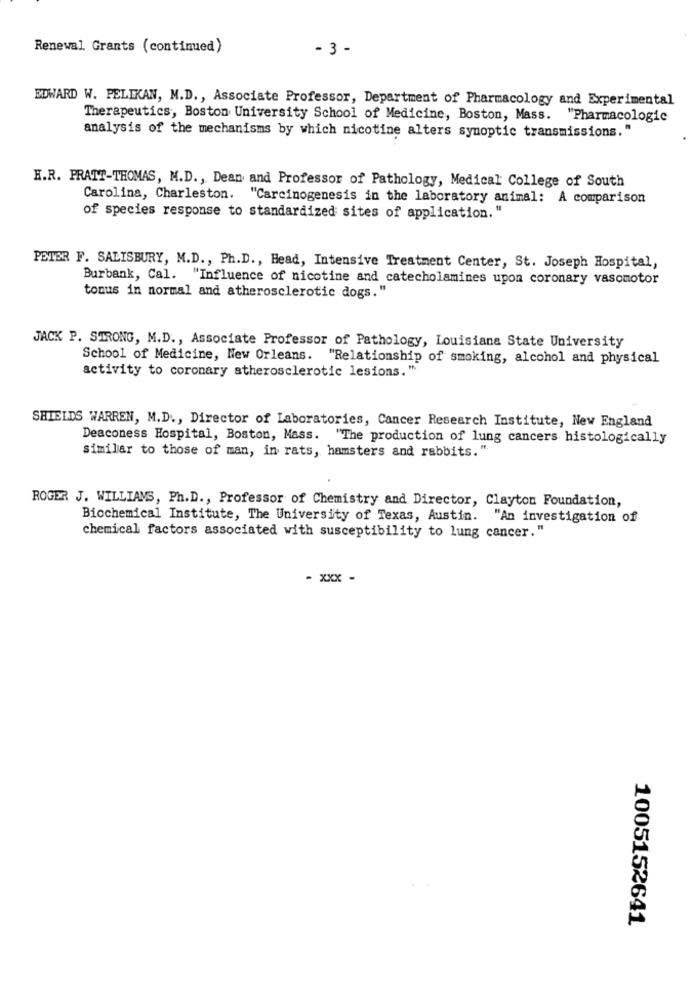
Renewal Grants (continued)
- 3 -
EDWARD W. PELIKAN, M.D ., Associate Professor, Department of Pharmacology and Experimental
Therapeutics, Boston University School of Medicine, Boston, Mass. "Pharmacologic
analysis of the mechanisms by which nicotine alters synoptic transmissions."
E.R. PRATT-THOMAS, M.D ., Dean and Professor of Pathology, Medical College of South
Carolina, Charleston. "Carcinogenesis in the laboratory animal: A comparison
of species response to standardized sites of application. "
PETER F. SALISBURY, M.D ., Ph.D ., Head, Intensive Treatment Center, St. Joseph Hospital,
Burbank, Cal. "Influence of nicotine and catecholamines upon coronary vasomotor
tonus in normal and atherosclerotic dogs."
JACK P. STRONG, M.D ., Associate Professor of Pathology, Louisiana State University
School of Medicine, New Orleans. "Relationship of smoking, alcohol and physical
activity to coronary atherosclerotic lesions."
SHIELDS WARREN, M.D ., Director of Laboratories, Cancer Research Institute, New England
Deaconess Hospital, Boston, Mass. "The production of lung cancers histologically
similar to those of man, in rats, hamsters and rabbits. "
ROGER J. WILLIAMS, Ph.D ., Professor of Chemistry and Director, Clayton Foundation,
Biochemical Institute, The University of Texas, Austin. "An investigation of
chemical factors associated with susceptibility to lung cancer."
- xxx -
1005152641